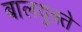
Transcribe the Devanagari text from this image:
बालयुक्ते